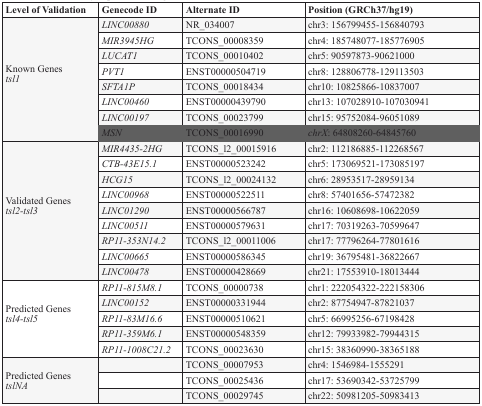
<table><thead><tr><td><b>Level of Validation</b></td><td><b>Genecode ID</b></td><td><b>Alternate ID</b></td><td><b>Position (GRCh37/hg19)</b></td></tr></thead><tbody><tr><td rowspan="8">Known Genes <i>tsl1</i></td><td><i>LINC00880</i></td><td>NR_034007</td><td>chr3: 156799455-156840793</td></tr><tr><td><i>MIR3945HG</i></td><td>TCONS_00008359</td><td>chr4: 185748077-185776905</td></tr><tr><td><i>LUCAT1</i></td><td>TCONS_00010402</td><td>chr5: 90597873-90621000</td></tr><tr><td><i>PVT1</i></td><td>ENST00000504719</td><td>chr8: 128806778-129113503</td></tr><tr><td><i>SFTA1P</i></td><td>TCONS_00018434</td><td>chr10: 10825866-10837007</td></tr><tr><td><i>LINC00460</i></td><td>ENST00000439790</td><td>chr13: 107028910-107030941</td></tr><tr><td><i>LINC00197</i></td><td>TCONS_00023799</td><td>chr15: 95752084-96051089</td></tr><tr><td><i>MSN</i></td><td>TCONS_00016990</td><td><i>chrX</i>: 64808260-64845760</td></tr><tr><td rowspan="9">Validated Genes <i>tsl2-tsl3</i></td><td><i>MIR4435-2HG</i></td><td>TCONS_l2_00015916</td><td>chr2: 112186885-112268567</td></tr><tr><td><i>CTB-43E15.1</i></td><td>ENST00000523242</td><td>chr5: 173069521-173085197</td></tr><tr><td><i>HCG15</i></td><td>TCONS_l2_00024132</td><td>chr6: 28953517-28959134</td></tr><tr><td><i>LINC00968</i></td><td>ENST00000522511</td><td>chr8: 57401656-57472382</td></tr><tr><td><i>LINC01290</i></td><td>ENST00000566787</td><td>chr16: 10608698-10622059</td></tr><tr><td><i>LINC00511</i></td><td>ENST00000579631</td><td>chr17: 70319263-70599647</td></tr><tr><td><i>RP11-353N14.2</i></td><td>TCONS_l2_00011006</td><td>chr17: 77796264-77801616</td></tr><tr><td><i>LINC00665</i></td><td>ENST00000586345</td><td>chr19: 36795481-36822667</td></tr><tr><td><i>LINC00478</i></td><td>ENST00000428669</td><td>chr21: 17553910-18013444</td></tr><tr><td rowspan="5">Predicted Genes <i>tsl4-tsl5</i></td><td><i>RP11-815M8.1</i></td><td>TCONS_00000738</td><td>chr1: 222054322-222158306</td></tr><tr><td><i>LINC00152</i></td><td>ENST00000331944</td><td>chr2: 87754947-87821037</td></tr><tr><td><i>RP11-83M16.6</i></td><td>ENST00000510621</td><td>chr5: 66995256-67198428</td></tr><tr><td><i>RP11-359M6.1</i></td><td>ENST00000548359</td><td>chr12: 79933982-79944315</td></tr><tr><td><i>RP11-1008C21.2</i></td><td>TCONS_00023630</td><td>chr15: 38360990-38365188</td></tr><tr><td rowspan="3">Predicted Genes <i>tslNA</i></td><td></td><td>TCONS_00007953</td><td>chr4: 1546984-1555291</td></tr><tr><td></td><td>TCONS_00025436</td><td>chr17: 53690342-53725799</td></tr><tr><td></td><td>TCONS_00029745</td><td>chr22: 50981205-50983413</td></tr></tbody></table>